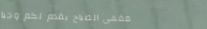
مقهى الصباح يقدم لكم وجبا